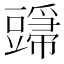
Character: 𬤸